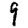
Digit: 9